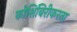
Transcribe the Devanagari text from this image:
कोशिंबिरीकरता